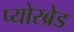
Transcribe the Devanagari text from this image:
प्योरब्रेड